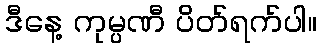
ဒီနေ့ ကုမ္ပဏီ ပိတ်ရက်ပါ။